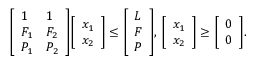
{ \left[ \begin{array} { l l } { 1 } & { 1 } \\ { F _ { 1 } } & { F _ { 2 } } \\ { P _ { 1 } } & { P _ { 2 } } \end{array} \right] } { \left[ \begin{array} { l } { x _ { 1 } } \\ { x _ { 2 } } \end{array} \right] } \leq { \left[ \begin{array} { l } { L } \\ { F } \\ { P } \end{array} \right] } , \, { \left[ \begin{array} { l } { x _ { 1 } } \\ { x _ { 2 } } \end{array} \right] } \geq { \left[ \begin{array} { l } { 0 } \\ { 0 } \end{array} \right] } .